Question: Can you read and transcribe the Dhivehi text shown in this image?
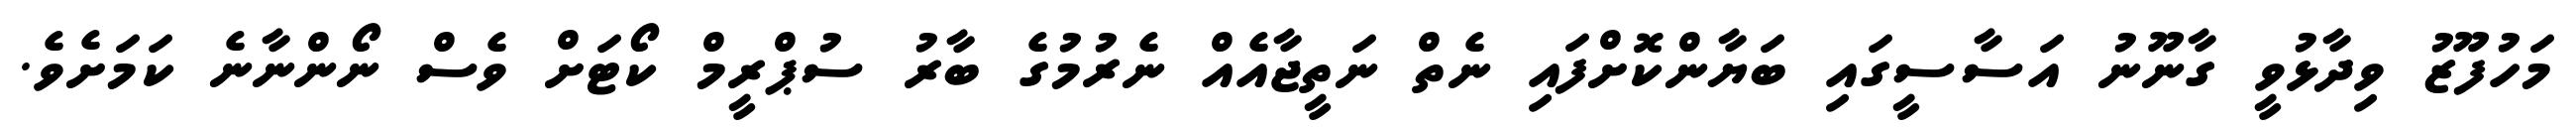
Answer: މަހުފޫޒު ވިދާޅުވީ ގާނޫނު އަސާސީގައި ބަޔާންކޮށްފައި ނެތް ނަތީޖާއެއް ނެރުމުގެ ބާރު ސުޕްރީމް ކޯޓަށް ވެސް ނޯންނާނެ ކަމަށެވެ.